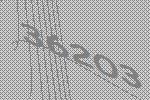
36203